Malaria in the Andamans - Number 56
Disease focus: Malaria
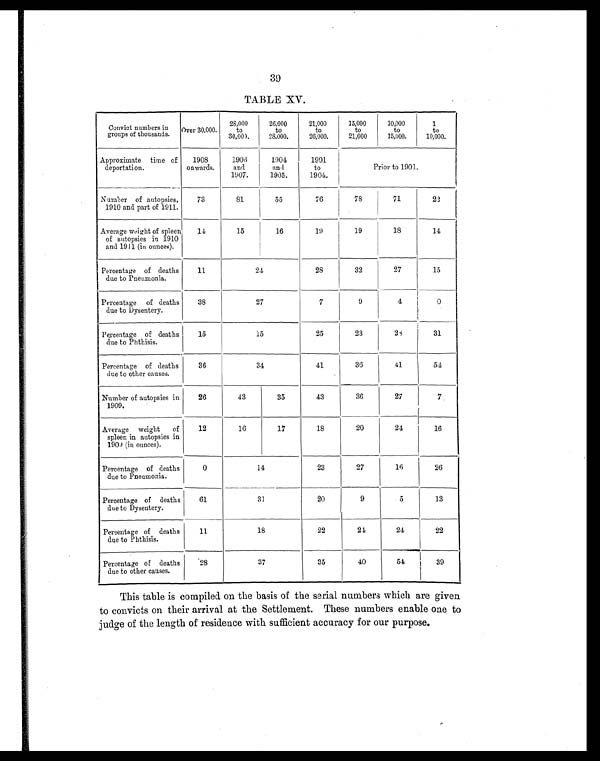
3
9
TABLE XV.
Convict numbers in
groups of thousands. Over 30,000.
28,000
to
30,000.
26,000
to
25,000.
21,000
to
26,000.
15,000
to
21,000
10,000
to
15,000.
1
to
10,000.
Approximate time of
deportation.
1908
onwards.
1906
and
1907.
190
4 an
d 1905.
1901
to
1904.
Prior to 1901.
Number of autopsies,
1910 and part of 1911.
73
81
55
76
78
71
22
Average weight of spleen
of autopsies in 1910
and 1911 (in ounces).
1 4
15
16
19
19
18
14
Percentage of deaths
due to Pneumonia.
11
24
28
32
27
15
Percentage of deaths
due to Dysentery.
38
27
7
9
4
0
Percentage of deaths
due to Phthisis.
15
15
25
23
2 8
31
Percentage of deaths
due to other causes.
36
34
41
36
41
54
Number of autopsies in
1909.
26
43
35
43
36
27
7
Average weight of
spleen in autopsies in
1909 (in ounces).
12
16
17
18
20
24
16
Percentage of deaths
due to Pneumonia.
0
14
23
27
16
26
Percentage of deaths
due to Dysentery.
61
31
20
9
5
13
Percentage of deaths
due to Phthisis.
11
18
22
2 4
24
22
Percentage of deaths
due to other causes.
28
37
35
40
5 4
39
This table is compiled on the basis of the serial numbers which are given
to convicts on their arrival at the Settlement. These numbers enable one to
judge of the length of residence with sufficient accuracy for our purpose.